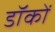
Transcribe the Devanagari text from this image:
डॉकों